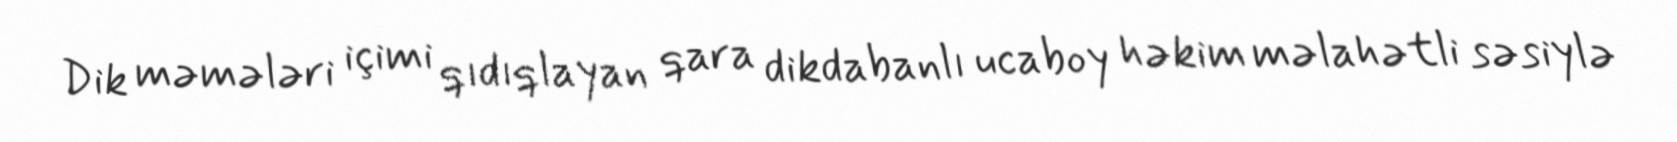
Dik məmələri içimi qıdıqlayan qara dikdabanlı ucaboy həkim məlahətli səsiylə